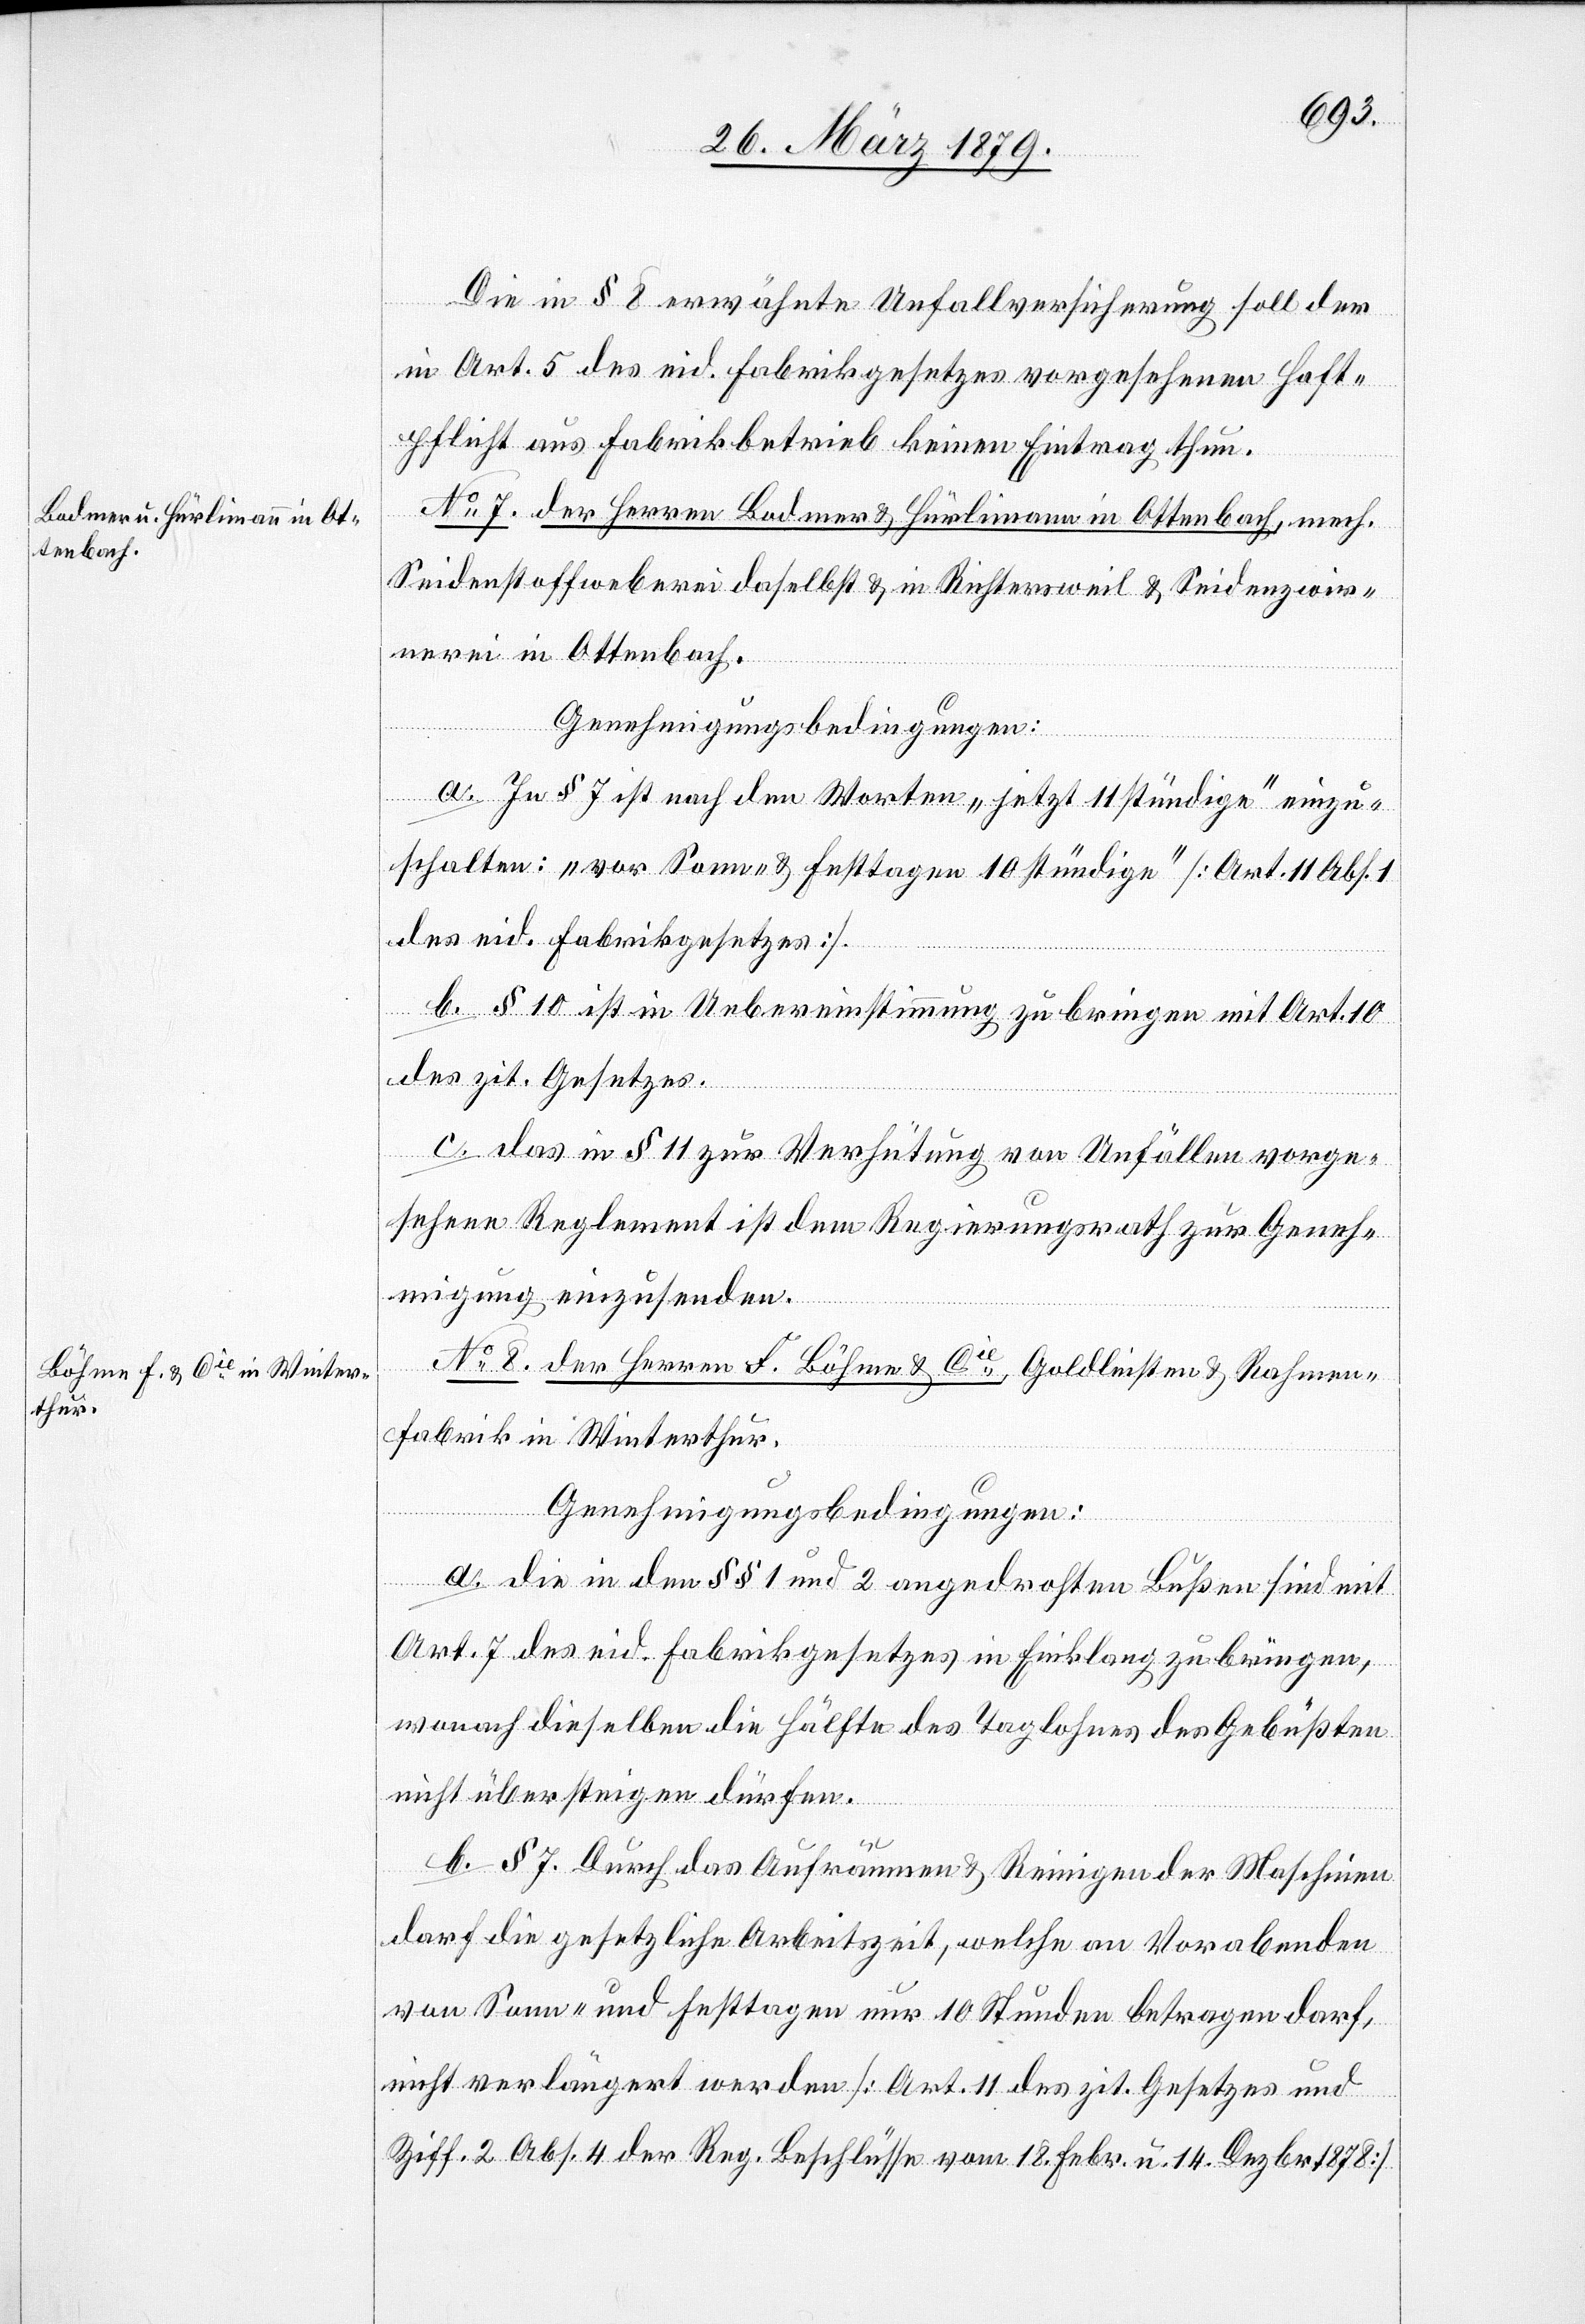
Die in § 8 erwähnte Unfallversicherung soll der
in Art. 5 des eid. Fabrikgesetzes vorgesehenen Haft¬
pflicht aus Fabrikbetrieb [sic!] keinen Eintrag thun.
No 7. der Herren Bodmer & Hürlimann in Ottenbach, mech.
Seidenstoffweberei daselbst & in Richtersweil & Seidenzwir¬
nerei in Ottenbach.
Genehmigungsbedingungen:
a. In § 7 ist nach den Worten „jetzt 11stündige“ einzu¬
schalten: „vor Sonn- & Festtagen 10stündige“ [Art. 11 Abs. 1
des eid. Fabrikgesetzes].
b. § 10 ist in Uebereinstimmung zu bringen mit Art. 10
des zit. Gesetzes.
c. Das in § 11 zur Verhütung von Unfällen vorge¬
sehene Reglement ist dem Regierungsrath zur Geneh¬
migung einzusenden.